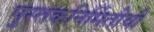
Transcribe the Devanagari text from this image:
पुस्तकनिर्मितीची